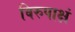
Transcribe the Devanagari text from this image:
विरुपाक्षं